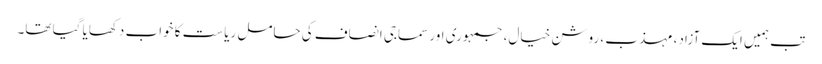
تب ہمیں ایک آزاد، مہذب ، روشن خیال، جمہوری اور سماجی انصاف کی حامل ریاست کا خواب دکھایا گیا تھا۔